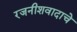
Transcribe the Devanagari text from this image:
रजनीशवादाचे